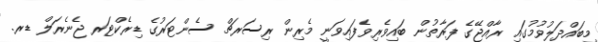
މިބައްދަލުވުމުގައި ރާއްޖޭގެ ފަރާތުން ބައިވެރިވެފައިވަނީ މެރިން ރިސަރޗް ސެންޓަރުގެ ޑިރެކްޓަރ ޖެނެރަލް ޑރ.